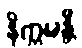
နိက္ကဍ္ဎန္တီ